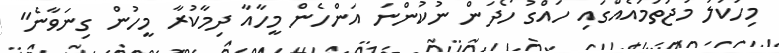
މިހަކަލަ މުޖުތަމައެއްގައި ހައްގު ހޯދަން ނުކުންނަ އަންހެން މީހާއާ ދިމާކުރާ މީހުން ގިނަވާނެ"